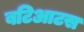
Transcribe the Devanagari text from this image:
बटिआटस